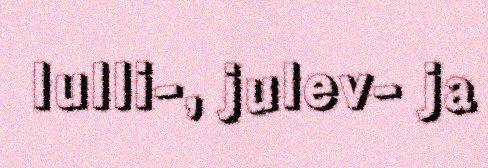
lulli-, julev- ja